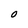
Character: O